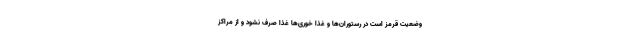
وضعیت قرمز است در رستوران‌ها و غذا خوری‌ها غذا صرف نشود و از مراکز